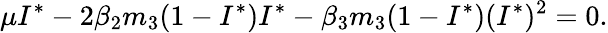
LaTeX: \mu I^{*}-2\beta_{2}m_{3}(1-I^{*})I^{*}-\beta_{3}m_{3}(1-I^{*})(I^{*})^{2}=0.